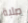
صلبة